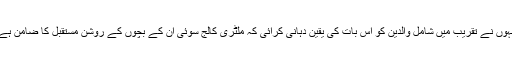
انہوں نے تقریب میں شامل والدین کو اس بات کی یقین دہانی کرائی کہ ملٹری کالج سوئی اُن کے بچوں کے روشن مستقبل کا ضامن ہے۔